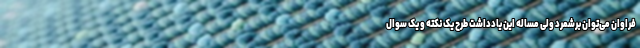
فراوان می‌توان برشمرد ولی مساله این یادداشت طرح یک نکته و یک سوال